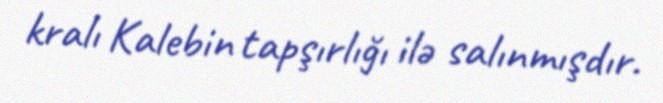
kralı Kalebin tapşırlığı ilə salınmışdır.